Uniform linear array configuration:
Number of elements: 64
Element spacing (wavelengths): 0.75
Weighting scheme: uniform
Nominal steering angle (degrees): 60
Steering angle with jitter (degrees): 59.247
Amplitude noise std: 0.05
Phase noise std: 0.05

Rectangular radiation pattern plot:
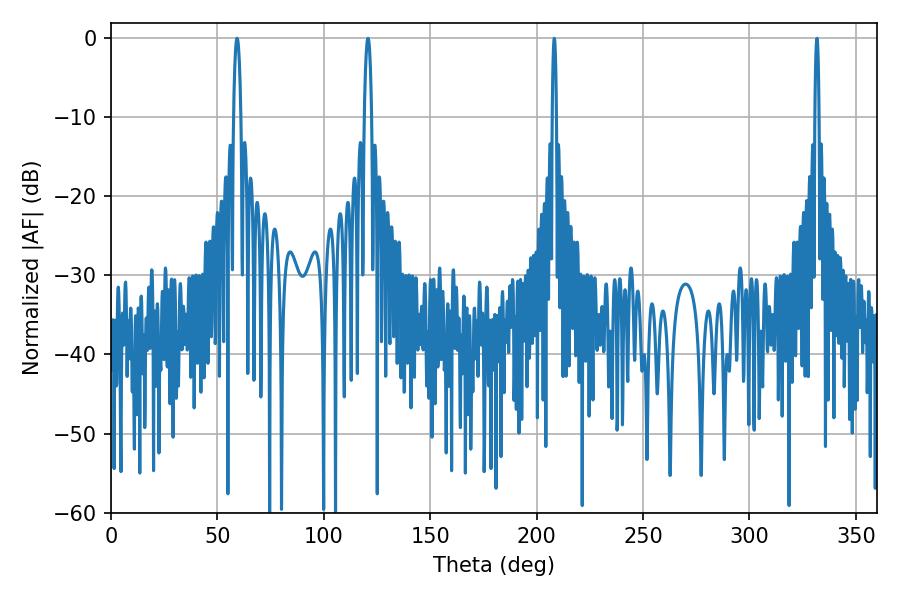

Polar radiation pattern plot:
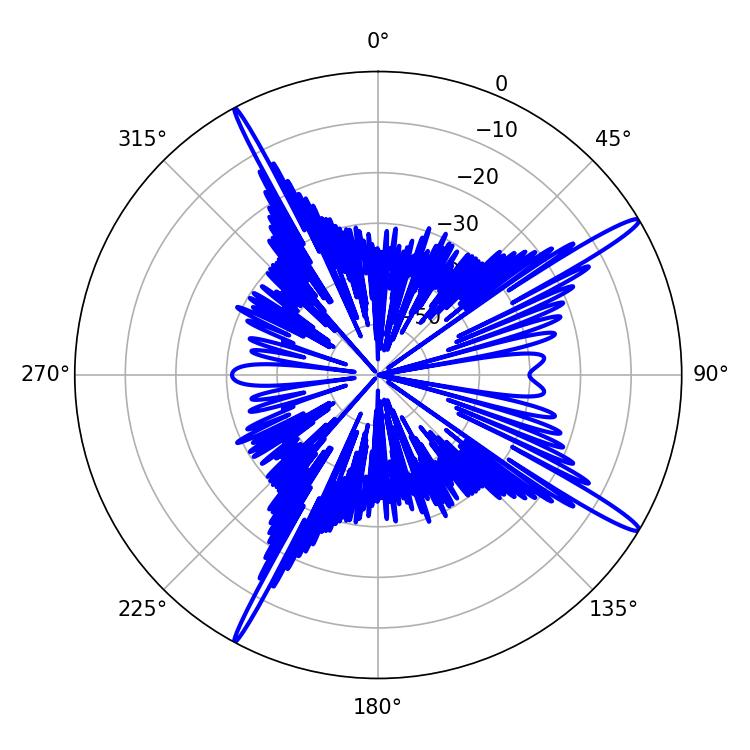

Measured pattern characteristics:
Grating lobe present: TRUE
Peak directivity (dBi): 16.243
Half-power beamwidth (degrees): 1.8
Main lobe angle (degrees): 59.22